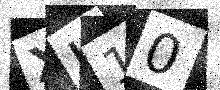
Text: XJ10